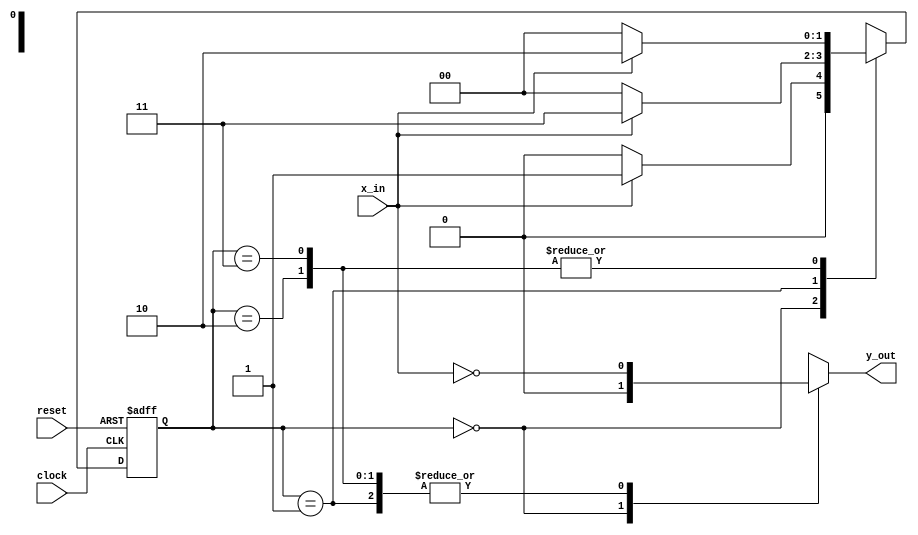
module Mealy_Zero_Detector (
  output reg y_out, 
  input x_in, clock, reset
);
  reg [1: 0]	state, next_state;
  parameter	S0 = 2'b00, S1 = 2'b01, S2 = 2'b10, S3 = 2'b11;

  always @ (posedge clock, negedge reset)	// state transition
    if (reset == 0) state <= S0;
    else state <= next_state;

  always @ (state, x_in) // Form the next state
    case (state)
      S0:	if (x_in)   next_state = S1; else next_state = S0;
      S1: if (x_in) 	  next_state = S3; else next_state = S0;
      S2:	if (~x_in) next_state = S0; else next_state = S2;
      S3: if (x_in)   next_state = S2; else next_state = S0;
    endcase 

  always @ (state, x_in) // Form the output
    case (state)
      S0:	y_out = 0;
      S1, S2, S3: y_out = ~x_in;
    endcase 
endmodule